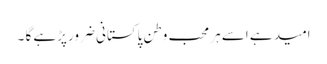
امید ہے اسے ہر محب وطن پاکستانی ضرور پڑہے گا ۔